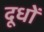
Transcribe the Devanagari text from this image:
दूधों